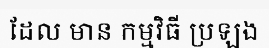
ដែល មាន កម្មវិធី ប្រឡង